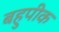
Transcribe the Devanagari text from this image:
बहुपीक